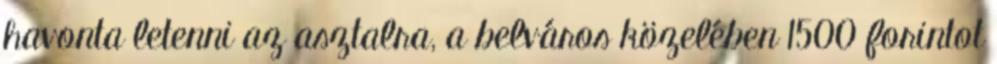
havonta letenni az asztalra, a belváros közelében 1500 forintot